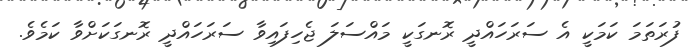
ފުރަތަމަ ކަމަކީ އެ ސަރަހައްދީ ރޮނގަކީ މައްސަލަ ޖެހިފައިވާ ސަރަހައްދީ ރޮނގަކަށްވާ ކަމެވެ.